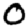
Digit: 0